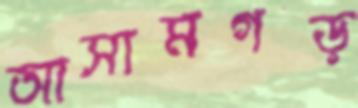
আসামগড়